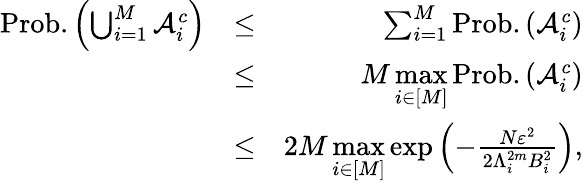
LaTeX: \begin{array}{rlr}{\mathrm{Prob.}\left(\bigcup_{i=1}^{M}{\cal{A}}_{i}^{c}\right)}&{\le}&{\sum_{i=1}^{M}\mathrm{Prob.}\left({\cal{A}}_{i}^{c}\right)}\\ &{\le}&{M\underset{i\in[M]}{\operatorname*{max}}\mathrm{Prob.}\left({\cal{A}}_{i}^{c}\right)}\\ &{\le}&{2M\underset{i\in[M]}{\operatorname*{max}}\exp\left(-\frac{N\varepsilon^{2}}{2\Lambda_{i}^{2m}B_{i}^{2}}\right),}\end{array}